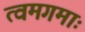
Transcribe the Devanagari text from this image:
त्वमगमाः